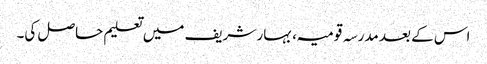
اس کے بعد مدرسہ قومیہ، بہار شریف میں تعلیم حاصل کی۔